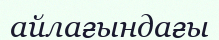
айлағындағы